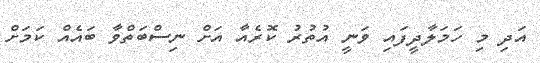
އަދި މި ހަމަލާދީފައި ވަނީ އުތުރު ކޮރެއާ އަށް ނިސްބަތްވާ ބައެއް ކަމަށް